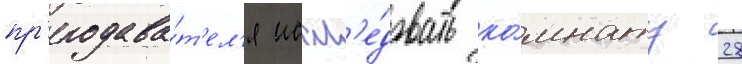
пр'еподава́т'ел'я иссл'е́довать ко́мнату 28